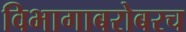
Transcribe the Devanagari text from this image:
विभागाबरोबरच